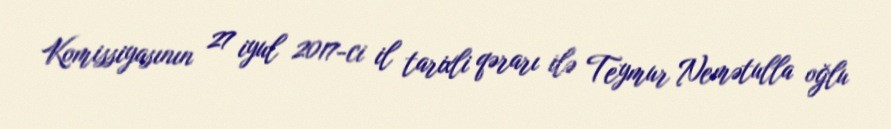
Komissiyasının 27 iyul 2017-ci il tarixli qərarı ilə Teymur Nemətulla oğlu